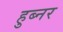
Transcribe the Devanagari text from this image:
हुब्नर